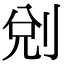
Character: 𠜑